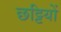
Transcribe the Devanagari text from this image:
छट्टियों